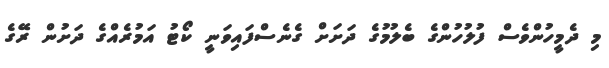
މި ދެމީހުންވެސް ފުލުހުންގެ ބެލުމުގެ ދަށަށް ގެނެސްފައިވަނީ ކޯޓު އަމުރެއްގެ ދަށުން ރޭގެ